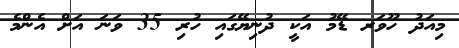
މިއަދު ހޫވަރ ޑޭމު އަކީ ދުނިޔޭގައި ހުރި 35 ވަނަ އަށް އެންމެ